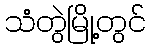
သံတွဲမြို့တွင်